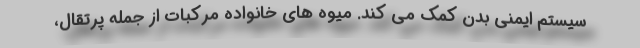
سیستم ایمنی بدن کمک می کند. میوه های خانواده مرکبات از جمله پرتقال،